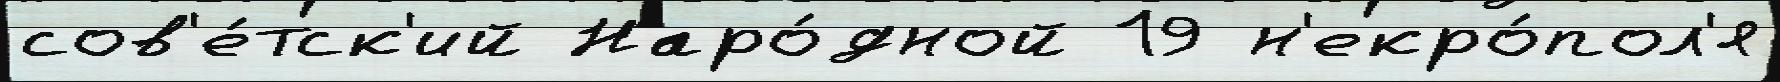
сов'е́тск'ий Наро́дной 19 н'екро́пол'я